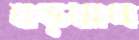
বড়ধাপ